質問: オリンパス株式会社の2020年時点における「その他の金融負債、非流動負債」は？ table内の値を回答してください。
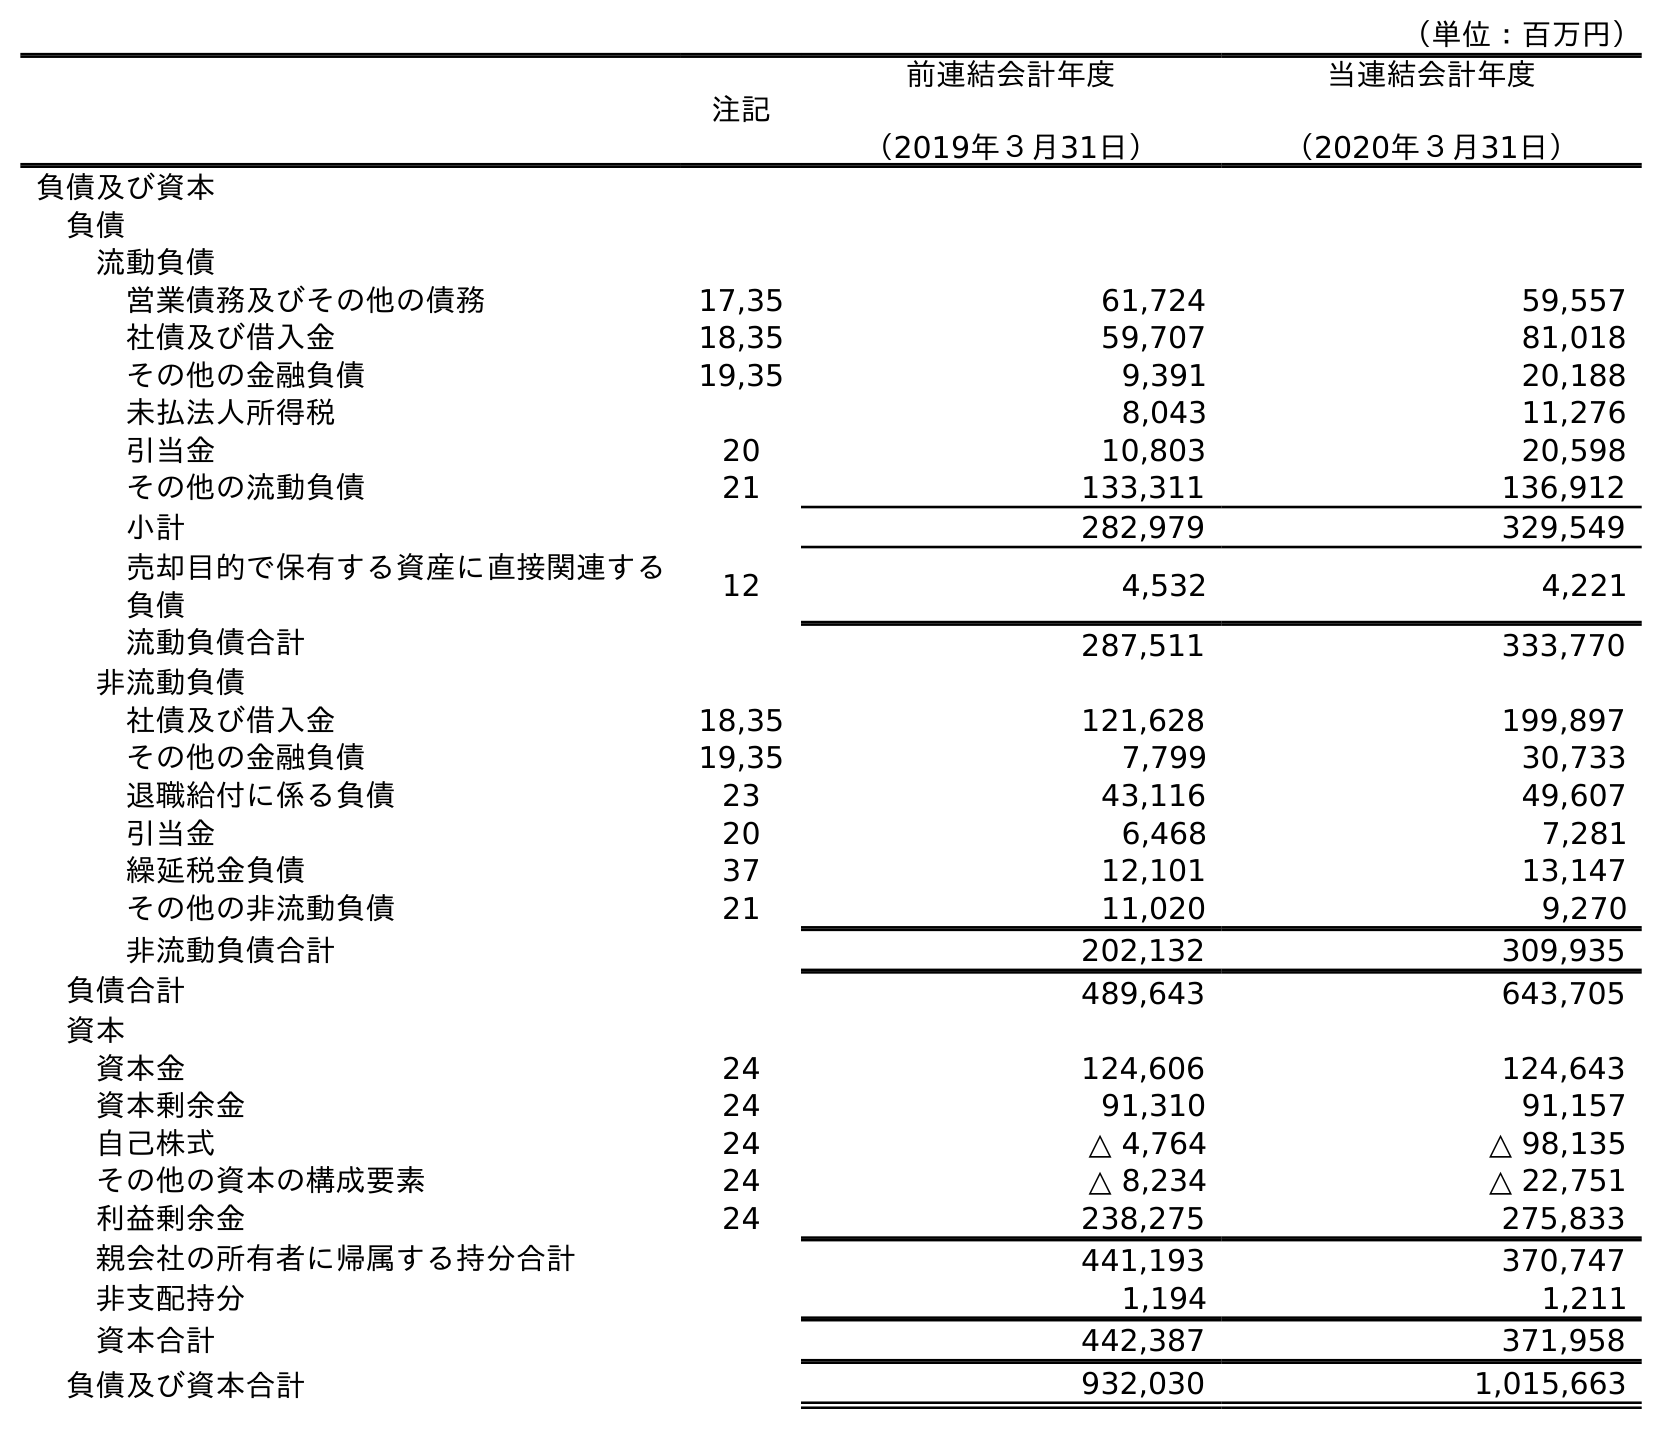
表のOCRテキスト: （単位：百万円） 注記 前連結会計年度 （2019年３月31日） 当連結会計年度 （2020年３月31日） 負債及び資本 負債 流動負債 営業債務及びその他の債務 17,35 61,724 59,557 社債及び借入金 18,35 59,707 81,018 その他の金融負債 19,35 9,391 20,188 未払法人所得税 8,043 11,276 引当金 20 10,803 20,598 その他の流動負債 21 133,311 136,912 小計 282,979 329,549 売却目的で保有する資産に直接関連する 負債 12 4,532 4,221 流動負債合計 287,511 333,770 非流動負債 社債及び借入金 18,35 121,628 199,897 その他の金融負債 19,35 7,799 30,733 退職給付に係る負債 23 43,116 49,607 引当金 20 6,468 7,281 繰延税金負債 37 12,101 13,147 その他の非流動負債 21 11,020 9,270 非流動負債合計 202,132 309,935 負債合計 489,643 643,705 資本 資本金 24 124,606 124,643 資本剰余金 24 91,310 91,157 自己株式 24 △ 4,764 △ 98,135 その他の資本の構成要素 24 △ 8,234 △ 22,751 利益剰余金 24 238,275 275,833 親会社の所有者に帰属する持分合計 441,193 370,747 非支配持分 1,194 1,211 資本合計 442,387 371,958 負債及び資本合計 932,030 1,015,663
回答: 30,733